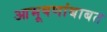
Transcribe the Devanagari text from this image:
आभूषणांबाबत